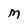
Character: M